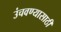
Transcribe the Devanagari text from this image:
उंचवण्यासाठी